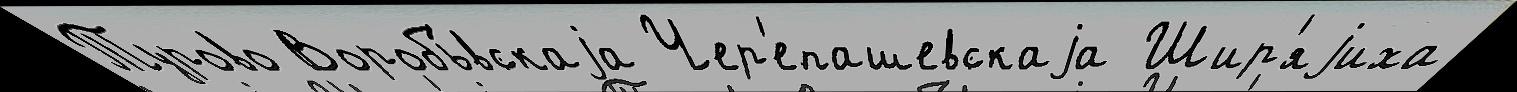
Турово Воробь́вскаjа Чер'епашевскаjа Шир'яjиха